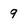
Character: 9